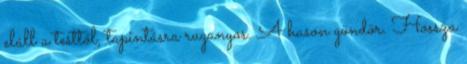
eláll a testtől, tapintásra ruganyos. A hason göndör. Hossza